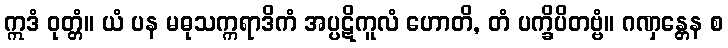
ဣဒံ ဝုတ္တံ။ ယံ ပန မဓုသက္ကရာဒိကံ အပ္ပဋိကူလံ ဟောတိ, တံ ပက္ခိပိတဗ္ဗံ။ ဂဏှန္တေန စ